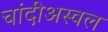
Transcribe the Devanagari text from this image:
चांदीअस्वल